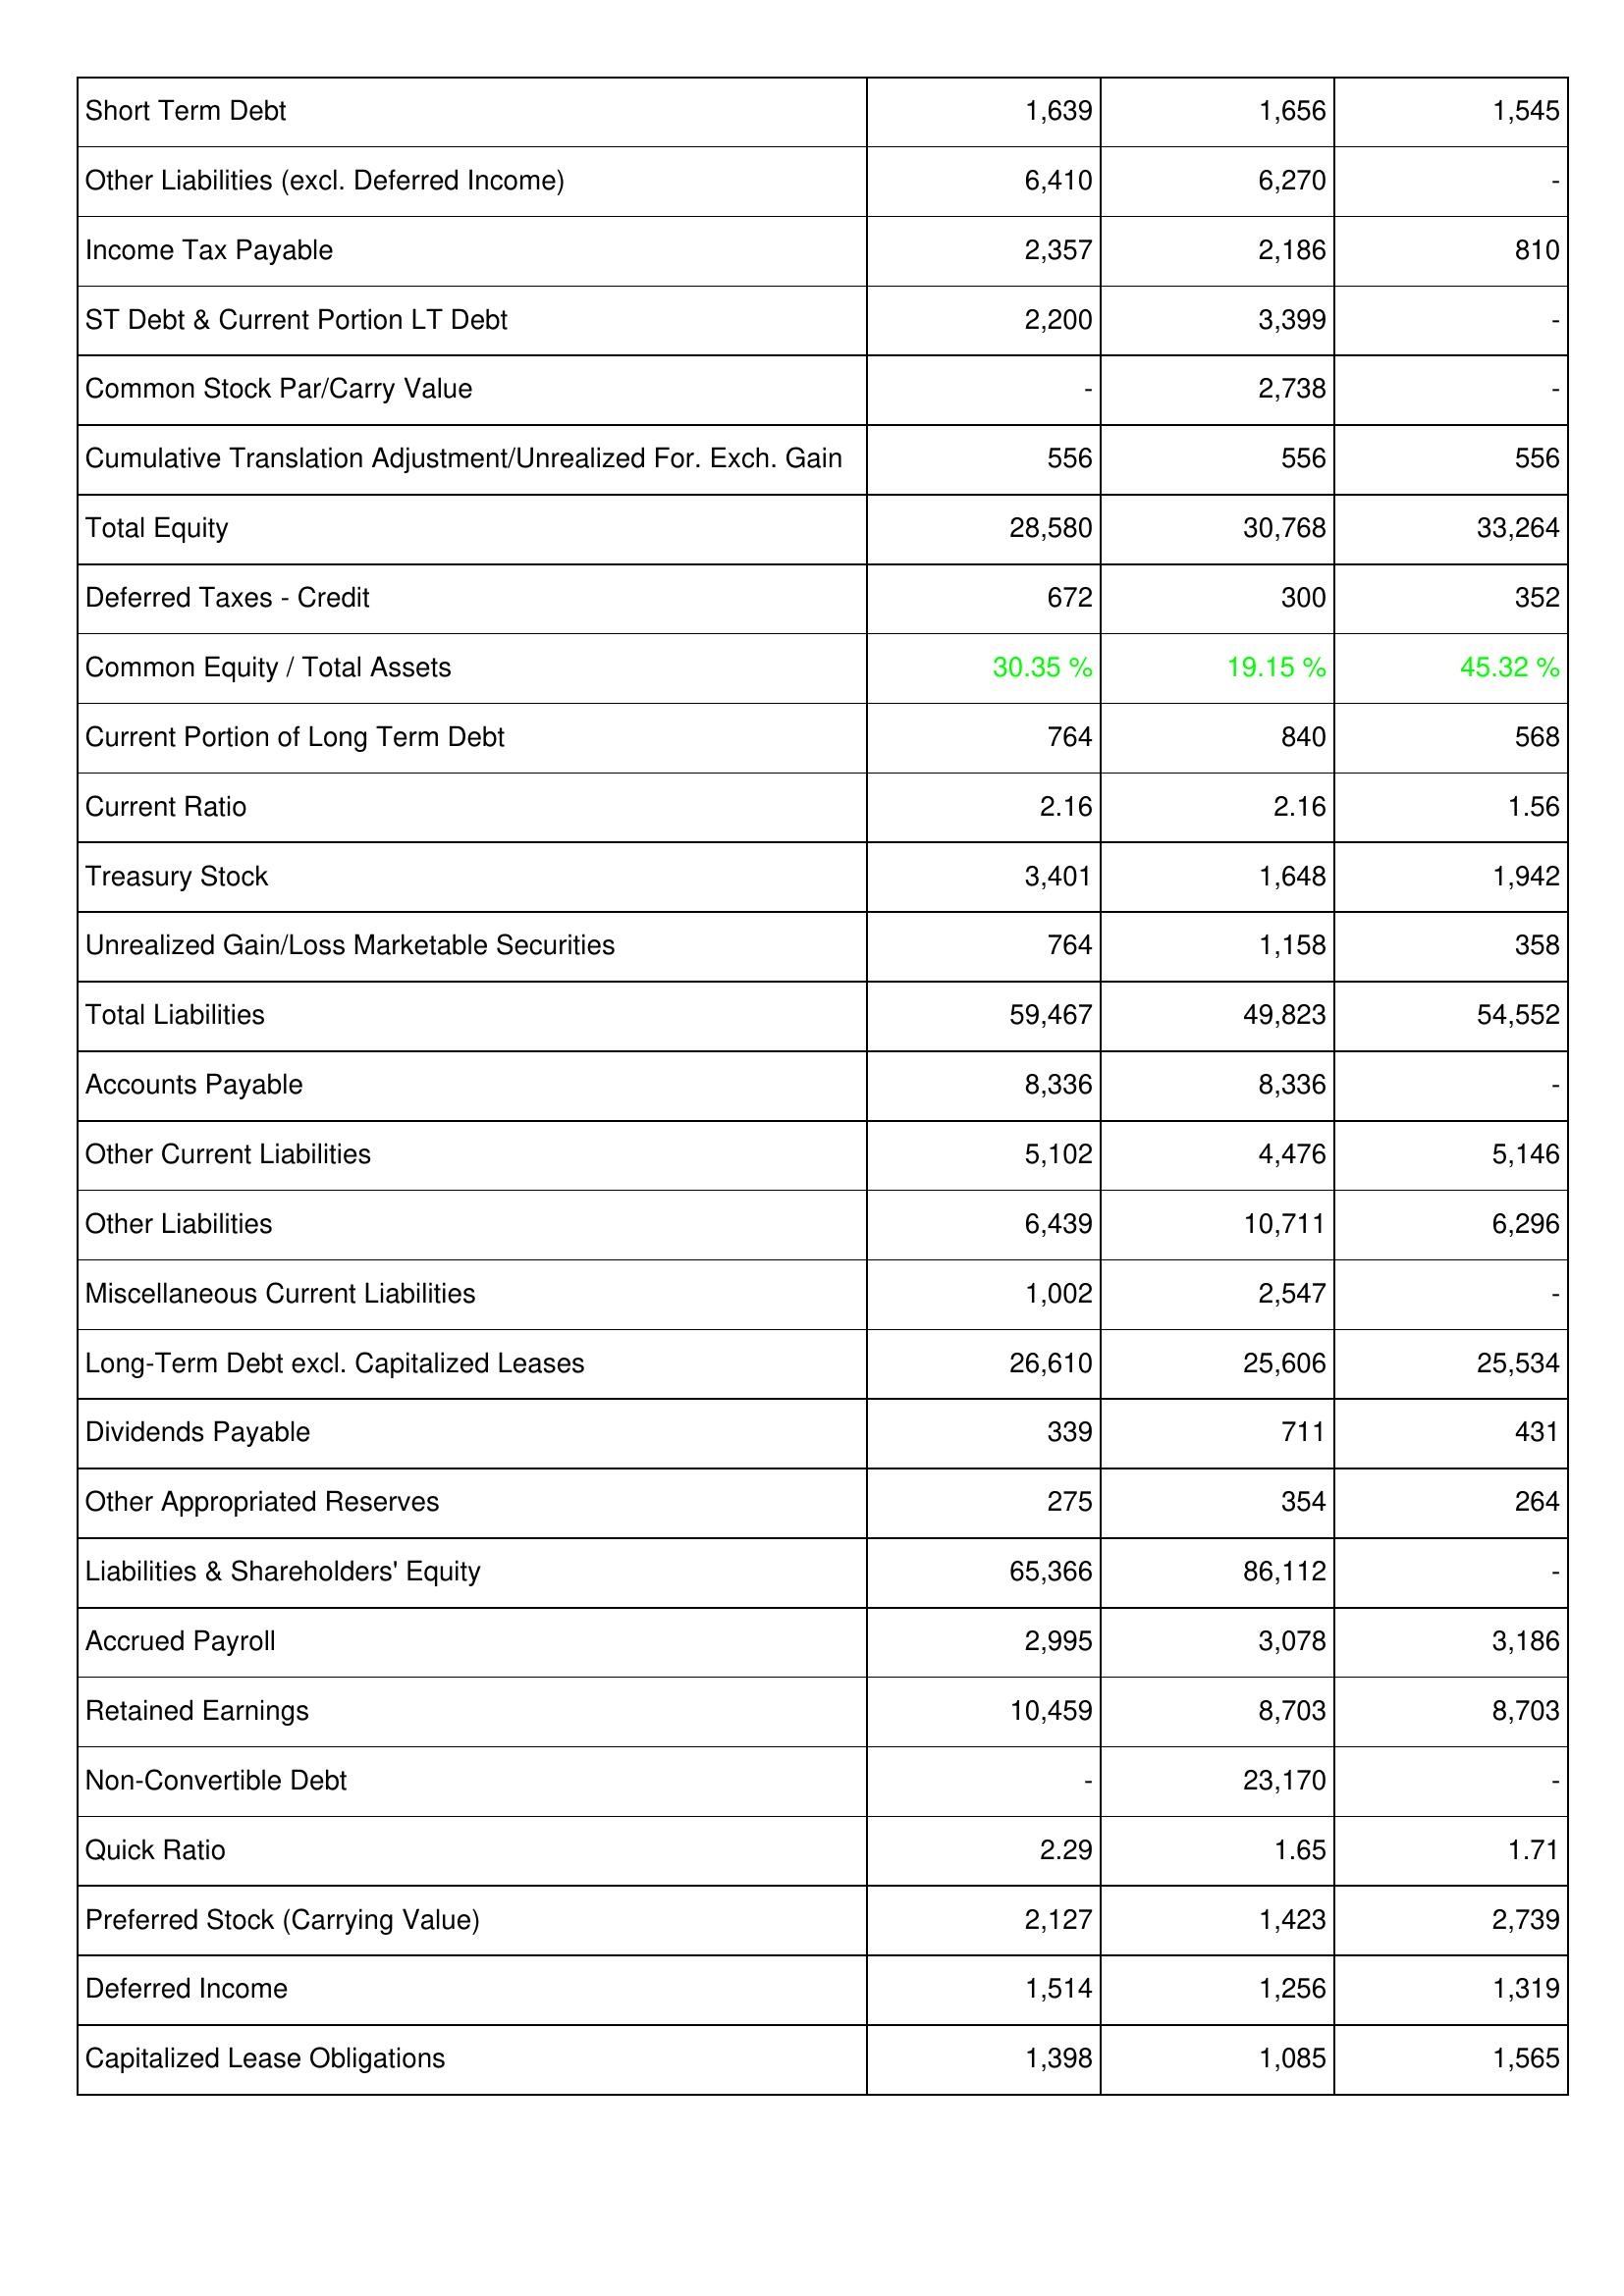
2019: Liabilities & Shareholders' Equity: Short Term Debt: 1,639
Other Liabilities (excl. Deferred Income): 6,410
Income Tax Payable: 2,357
ST Debt & Current Portion LT Debt: 2,200
Common Stock Par/Carry Value: -
Cumulative Translation Adjustment/Unrealized For. Exch. Gain: 556
Total Equity: 28,580
Deferred Taxes - Credit: 672
Common Equity / Total Assets: 30.35 %
Current Portion of Long Term Debt: 764
Current Ratio: 2.16
Treasury Stock: 3,401
Unrealized Gain/Loss Marketable Securities: 764
Total Liabilities: 59,467
Accounts Payable: 8,336
Other Current Liabilities: 5,102
Other Liabilities: 6,439
Miscellaneous Current Liabilities: 1,002
Long-Term Debt excl. Capitalized Leases: 26,610
Dividends Payable: 339
Other Appropriated Reserves: 275
Liabilities & Shareholders' Equity: 65,366
Accrued Payroll: 2,995
Retained Earnings: 10,459
Non-Convertible Debt: -
Quick Ratio: 2.29
Preferred Stock (Carrying Value): 2,127
Deferred Income: 1,514
Capitalized Lease Obligations: 1,398
2020: Liabilities & Shareholders' Equity: Short Term Debt: 1,656
Other Liabilities (excl. Deferred Income): 6,270
Income Tax Payable: 2,186
ST Debt & Current Portion LT Debt: 3,399
Common Stock Par/Carry Value: 2,738
Cumulative Translation Adjustment/Unrealized For. Exch. Gain: 556
Total Equity: 30,768
Deferred Taxes - Credit: 300
Common Equity / Total Assets: 19.15 %
Current Portion of Long Term Debt: 840
Current Ratio: 2.16
Treasury Stock: 1,648
Unrealized Gain/Loss Marketable Securities: 1,158
Total Liabilities: 49,823
Accounts Payable: 8,336
Other Current Liabilities: 4,476
Other Liabilities: 10,711
Miscellaneous Current Liabilities: 2,547
Long-Term Debt excl. Capitalized Leases: 25,606
Dividends Payable: 711
Other Appropriated Reserves: 354
Liabilities & Shareholders' Equity: 86,112
Accrued Payroll: 3,078
Retained Earnings: 8,703
Non-Convertible Debt: 23,170
Quick Ratio: 1.65
Preferred Stock (Carrying Value): 1,423
Deferred Income: 1,256
Capitalized Lease Obligations: 1,085
2021: Liabilities & Shareholders' Equity: Short Term Debt: 1,545
Other Liabilities (excl. Deferred Income): -
Income Tax Payable: 810
ST Debt & Current Portion LT Debt: -
Common Stock Par/Carry Value: -
Cumulative Translation Adjustment/Unrealized For. Exch. Gain: 556
Total Equity: 33,264
Deferred Taxes - Credit: 352
Common Equity / Total Assets: 45.32 %
Current Portion of Long Term Debt: 568
Current Ratio: 1.56
Treasury Stock: 1,942
Unrealized Gain/Loss Marketable Securities: 358
Total Liabilities: 54,552
Accounts Payable: -
Other Current Liabilities: 5,146
Other Liabilities: 6,296
Miscellaneous Current Liabilities: -
Long-Term Debt excl. Capitalized Leases: 25,534
Dividends Payable: 431
Other Appropriated Reserves: 264
Liabilities & Shareholders' Equity: -
Accrued Payroll: 3,186
Retained Earnings: 8,703
Non-Convertible Debt: -
Quick Ratio: 1.71
Preferred Stock (Carrying Value): 2,739
Deferred Income: 1,319
Capitalized Lease Obligations: 1,565